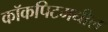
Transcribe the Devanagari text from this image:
कॉकपिटमधील